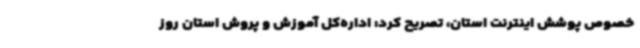
خصوص پوشش اینترنت استان، تصریح کرد: اداره‌کل آموزش و پروش استان روز